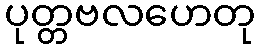
ပုတ္တဗလဟေတု